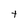
Character: t